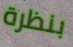
بنظرة